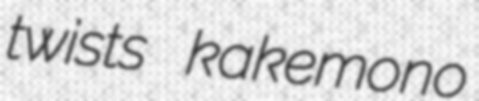
twists kakemono